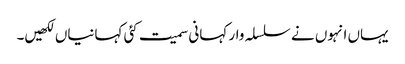
یہاں انہوں نے سلسلہ وار کہانی سمیت کئی کہانیاں لکھیں۔